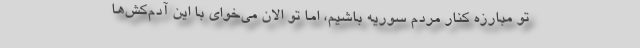
تو مبارزه کنار مردم سوریه باشیم، اما تو الان می‌خوای با این آدم‌کش‌ها